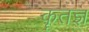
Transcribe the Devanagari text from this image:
कॄतज्ञ